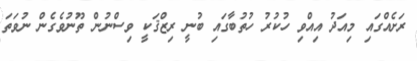
ރަށެއްގައި މިއަދު އިއްވި ހުކުރު ހުތުބާގައި ބުނީ ރިޒްޤަކީ ވިސްނުން ތޫނުވެގެން ނުވަތަ